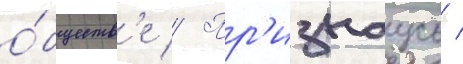
о́бществ'е // Пр'изнаусь /